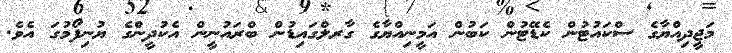
މަޖީދިއްޔާގެ ސްކައުޓުން ކެޑޭޓުން ކަބުން އަމީނިއްޔާގެ ގާރލްގައިޑުން ބްރައުނީން އެކުދީންގެ ޔުނިފޯމުގަ އެވެ.